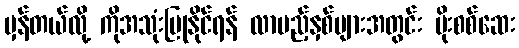
မှန်တယ်လို့ ကိုအသုံးပြုနိုင်ရန် လာမည့်နှစ်များအတွင်း ပိုးစစ်ဆေး